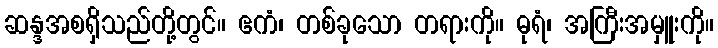
ဆန္ဒအစရှိသည်တို့တွင်။ ဧကံ၊ တစ်ခုသော တရားကို။ ဓုရံ၊ အကြီးအမှူးကို။